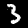
Digit: 3